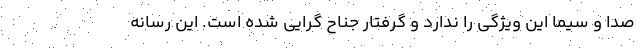
صدا و سیما این ویژگی را ندارد و گرفتار جناح گرایی شده است. این رسانه